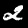
Digit: 2